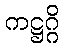
ကဋ္ဌဂ္ဂိ